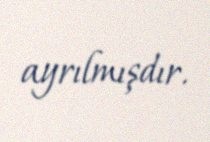
ayrılmışdır.